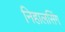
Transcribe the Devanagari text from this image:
निहालसिंग